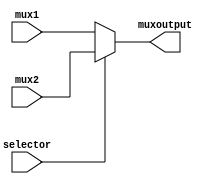
`timescale 1ns / 1ps
//////////////////////////////////////////////////////////////////////////////////
// Company: 
// Engineer: 
// 
// Design Name: 
// Module Name: mux5bit
// Project Name: 
// Target Devices: 
// Tool Versions: 
// Description: 
// 
// Dependencies: 
// 
// Revision:
// Revision 0.01 - File Created
// Additional Comments:
// 
//////////////////////////////////////////////////////////////////////////////////


module mux5bit(
 mux1, mux2, muxoutput, selector
    );
    input [4:0] mux1;
    input [4:0] mux2;
    output [4:0] muxoutput;
    input selector;
    
    assign muxoutput = (selector == 0)?mux1 : mux2;

endmodule